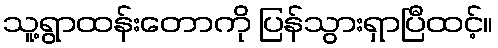
သူ့ရွာထန်းတောကို ပြန်သွားရှာပြီထင့်။